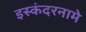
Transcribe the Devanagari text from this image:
इस्कंदरनामे